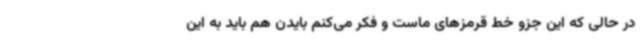
در حالی که این جزو خط قرمزهای ماست و فکر می‌کنم بایدن هم باید به این